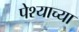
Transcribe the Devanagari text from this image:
पेश्याच्या